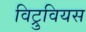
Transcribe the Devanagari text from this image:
विट्रुवियस